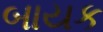
બાયક